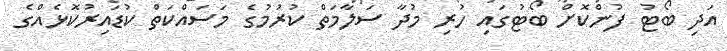
އަދި ބޯޓު ފުންކޮށް ބޯޓުގައި ހުރި މުދާ ސަލާމަތް ކުރުމުގެ މަސައްކަތް ކުޑައިރުކޮޅެއްގެ